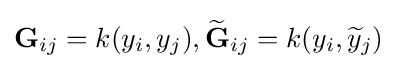
\mathbf {G} _{ij}=k(y_{i},y_{j}),{\widetilde {\mathbf {G} }}_{ij}=k(y_{i},{\widetilde {y}}_{j})